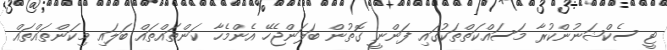
ޓީ ސެކްޝަނުންކުރާ މަސައްކަތްތަކުގައި ފަންނީ ގޮތުން ބަލަންޖެހޭ އެންމެހާ ކަންތައްތައް ބަލައި މިކަންތައްތައް